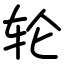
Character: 轮